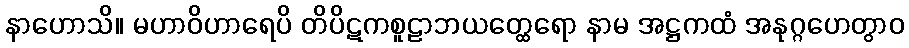
နာဟောသိ။ မဟာဝိဟာရေပိ တိပိဋကစူဠာဘယတ္ထေရော နာမ အဋ္ဌကထံ အနုဂ္ဂဟေတွာဝ